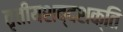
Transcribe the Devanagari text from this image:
तृतीयशब्दशक्ति